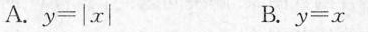
A. y=|x| B. y=x